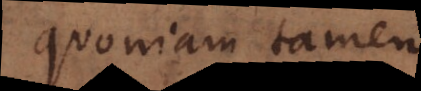
quoniam tamen